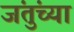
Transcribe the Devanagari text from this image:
जंतुंच्या